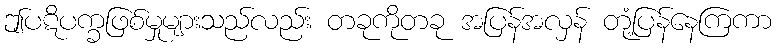
ဤပဋိပက္ခဖြစ်မှုများသည်လည်း တခုကိုတခု အပြန်အလှန် တုံ့ပြန်နေကြကာ